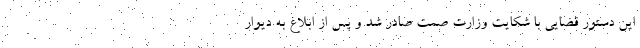
این دستور قضایی با شکایت وزارت صمت صادر شد و پس از ابلاغ به دیوار